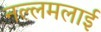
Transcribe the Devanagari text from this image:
नल्लमलाई